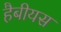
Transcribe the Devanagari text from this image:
हैबीयस